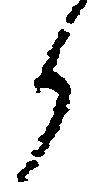
御